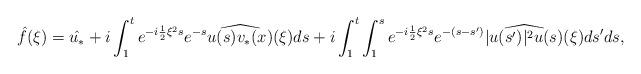
LaTeX: \begin{align*}\hat{f}(\xi)=\hat{u_*}+i\int_1^t e^{-i\frac 12\xi^2s} e^{-s}\widehat{u(s)v_*(x)}(\xi)ds+i\int_1^t\int_1^se^{-i\frac 12\xi^2s}e^{-(s-s')}\widehat{|u(s')|^2u(s)}(\xi)ds'ds,\end{align*}